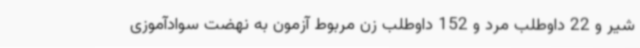
شیر و 22 داوطلب مرد و 152 داوطلب زن مربوط آزمون به نهضت سوادآموزی